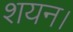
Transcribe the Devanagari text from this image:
शयन।